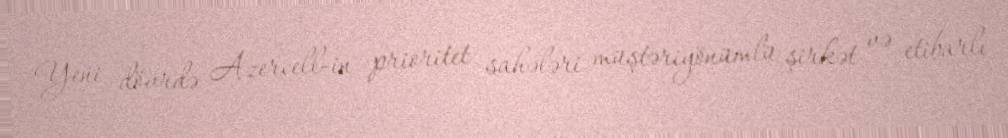
Yeni dövrdə Azercell-in prioritet sahələri müştəriyönümlü şirkət və etibarlı